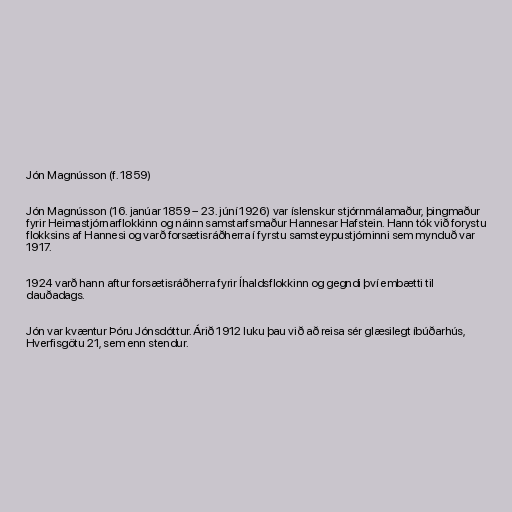
Jón Magnússon (f. 1859)

Jón Magnússon (16. janúar 1859 – 23. júní 1926) var íslenskur stjórnmálamaður, þingmaður
fyrir Heimastjórnarflokkinn og náinn samstarfsmaður Hannesar Hafstein. Hann tók við forystu
flokksins af Hannesi og varð forsætisráðherra í fyrstu samsteypustjórninni sem mynduð var
1917.

1924 varð hann aftur forsætisráðherra fyrir Íhaldsflokkinn og gegndi því embætti til
dauðadags.

Jón var kvæntur Þóru Jónsdóttur. Árið 1912 luku þau við að reisa sér glæsilegt íbúðarhús,
Hverfisgötu 21, sem enn stendur.